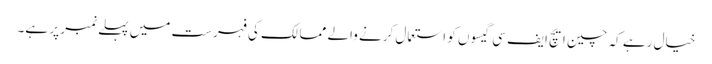
خیال رہے کہ چین ایچ ایف سی گیسوں کو استعمال کرنے والے ممالک کی فہرست میں پہلے نمبر پر ہے۔